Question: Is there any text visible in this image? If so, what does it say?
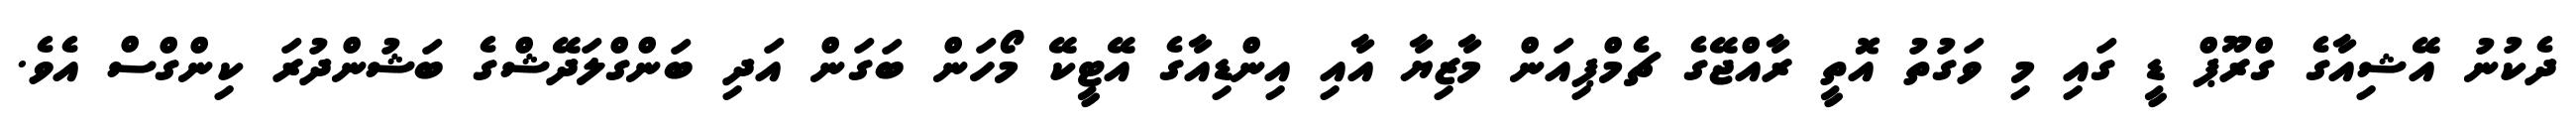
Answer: ދެކުނު އޭޝިއާގެ ގްރޫޕް ޑީ ގައި މި ވަގުތު އޮތީ ރާއްޖޭގެ ޗެމްޕިއަން މާޒިޔާ އާއި އިންޑިއާގެ އޭޓީކޭ މޯހަން ބަގަން އަދި ބަންގްލަދޭޝްގެ ބަޝުންދުރަ ކިންގްސް އެވެ.